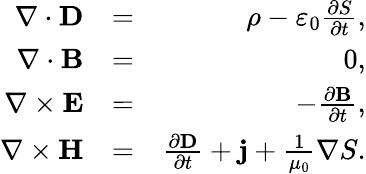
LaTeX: \begin{array}{rlr}{\nabla\cdot\mathbf{D}}&{=}&{\rho-\varepsilon_{0}\frac{\partial S}{\partial t},}\\ {\nabla\cdot\mathbf{B}}&{=}&{0,}\\ {\nabla\times\mathbf{E}}&{=}&{-\frac{\partial\mathbf{B}}{\partial t},}\\ {\nabla\times\mathbf{H}}&{=}&{\frac{\partial\mathbf{D}}{\partial t}+\mathbf{j}+\frac{1}{\mu_{0}}\nabla S.}\end{array}